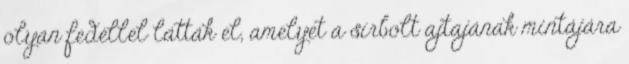
olyan fedéllel látták el, amelyet a sírbolt ajtajának mintájára